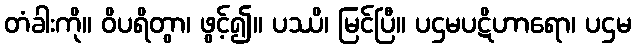
တံခါးကို။ ဝိပရိတွာ၊ ဖွင့်၍။ ပဿိ၊ မြင်ပြီ။ ပဌမပဋိဟာရော၊ ပဌမ